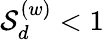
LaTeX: {\cal S}_{d}^{(w)}<1